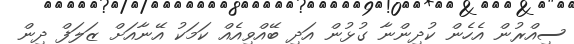
ސިއްރުން އެހެން ކުދިންނާ ގުޅުން އަދި ބޭއްވިއެއް ކަމަކު އޭނާއަށް ޒަލަފް ދިން